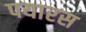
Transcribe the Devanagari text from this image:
पयारस